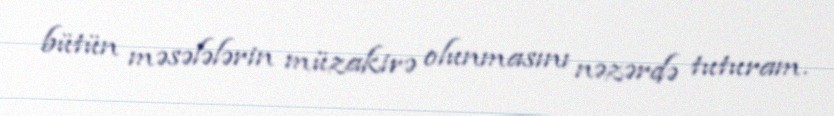
bütün məsələlərin müzakirə olunmasını nəzərdə tuturam.